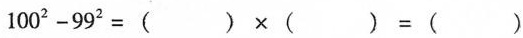
$$1 0 0 ^ { 2 } - 9 9 ^ { 2 } = ( ) \times ( ) = ( )$$